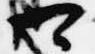
可